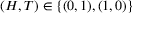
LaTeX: ( H , T ) \in \{ ( 0 , 1 ) , ( 1 , 0 ) \}